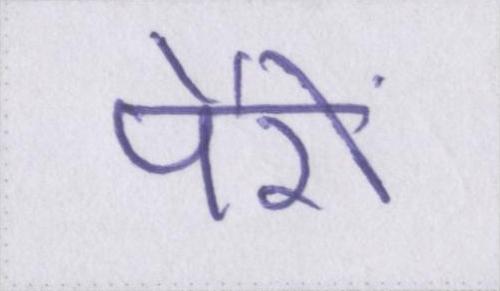
पैरों